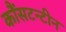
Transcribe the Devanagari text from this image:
कौंसटन्टीन